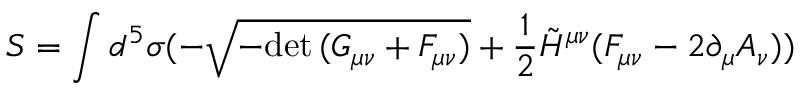
S = \int d ^ { 5 } \sigma ( - \sqrt { - \mathrm { d e t } \, ( G _ { \mu \nu } + \cal F _ { \mu \nu } ) } + \frac { 1 } { 2 } \tilde { H } ^ { \mu \nu } ( F _ { \mu \nu } - 2 \partial _ { \mu } A _ { \nu } ) )